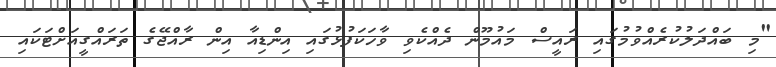
"މި ބައްދަލުކުރެއްވުމުގައި ރައީސް މައުމޫން ދެއްކެވި ވާހަކަފުޅުގައި އިންޑިއާ އިން ރާއްޖޭގެ ތަރައްގީއަށްޓަކައި